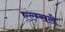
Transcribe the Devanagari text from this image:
एल्म्सले